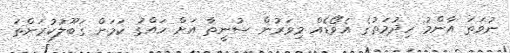
ނުވަތަ އާންމު ހިދުމަތުގެ އެވޯޑެއް މިވަރުން ސުނީތާ އަށް ހައްގު ކަމަށް ގަބޫލުކުރަންތަ